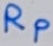
Text: RP